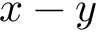
x - y